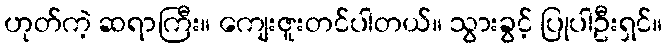
ဟုတ်ကဲ့ ဆရာကြီး။ ကျေးဇူးတင်ပါတယ်။ သွားခွင့် ပြုပါဦးရှင်။